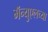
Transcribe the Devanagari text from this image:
मॅन्युएलच्या